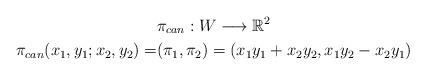
LaTeX: \begin{align*} & \pi_{can} : W \longrightarrow \mathbb{R}^2\\\pi_{can}(x_1,y_1;x_2,y_2) = &(\pi_1,\pi_2) = (x_1y_1+x_2y_2, x_1y_2-x_2y_1)\end{align*}